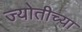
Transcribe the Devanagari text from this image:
ज्योतीच्या